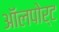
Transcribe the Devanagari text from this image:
ऑलपोर्ट